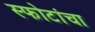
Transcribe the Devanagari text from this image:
स्फोटांचा